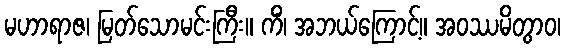
မဟာရာဇ၊ မြတ်သောမင်းကြီး။ ကိံ၊ အဘယ်ကြောင့်။ အဝဿမိတွာဝ၊